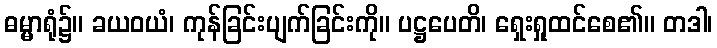
ဓမ္မာရုံ၌။ ခယဝယံ၊ ကုန်ခြင်းပျက်ခြင်းကို။ ပဋ္ဌပေတိ၊ ရှေးရှုထင်စေ၏။ တဒါ၊